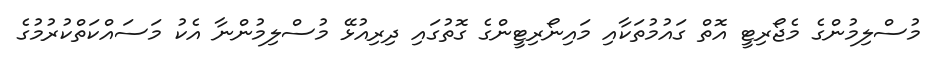
މުސްލިމުންގެ މެޖޯރިޓީ އޮތް ގައުމުތަކާއި މައިނޯރިޓީންގެ ގޮތުގައި ދިރިއުޅޭ މުސްލިމުންނާ އެކު މަސައްކަތްކުރުމުގެ